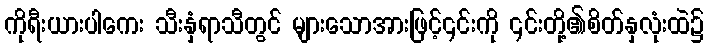
ကိုရီးယားပါကေး သီးနှံရာသီတွင် များသောအားဖြင့်၎င်းကို ၎င်းတို့၏စိတ်နှလုံးထဲ၌